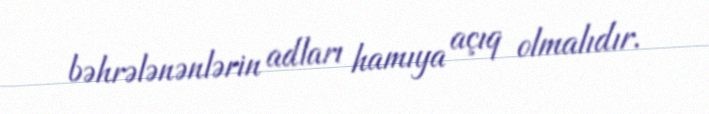
bəhrələnənlərin adları hamıya açıq olmalıdır.